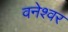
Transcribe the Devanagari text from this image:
वनेश्वर